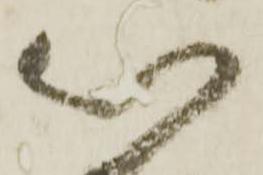
以